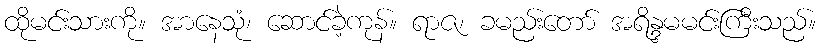
ထိုမင်းသားကို။ အာနေသုံ၊ ဆောင်ခဲ့ကုန်။ ရာဇ၊ ခမည်းတော် အရိန္ဒမမင်းကြီးသည်။